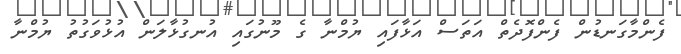
ފެންމާގަނޑުން ފެންފޮދެތް އަތަސް އަޅާފައި ޔުމްނާ ގެ މޫނުގައި އުނގުޅާލަން އުޅުވަގުތު ޔުމްނާ